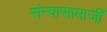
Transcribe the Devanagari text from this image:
संन्यासामाजीं